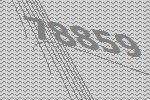
78859